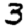
Digit: 3